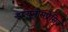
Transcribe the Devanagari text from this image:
इम्यूनोसप्रेसिव